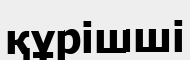
құрішші